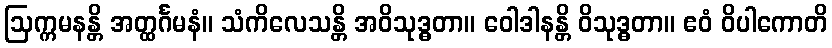
ဩက္ကမနန္တိ အတ္ထင်္ဂမနံ။ သံကိလေသန္တိ အဝိသုဒ္ဓတာ။ ဝေါဒါနန္တိ ဝိသုဒ္ဓတာ။ ဧဝံ ဝိပါကောတိ